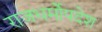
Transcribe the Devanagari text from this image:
राजधर्मोपदेश